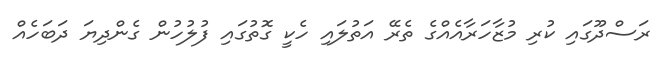
ރަސްދޫގައި ކުރި މުޒާހަރާއެއްގެ ތެރޭ އަތުލައި ހެކީ ގޮތުގައި ފުލުހުން ގެންދިޔަ ދަބަހެއް